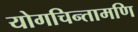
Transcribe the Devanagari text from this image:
योगचिन्तामणि